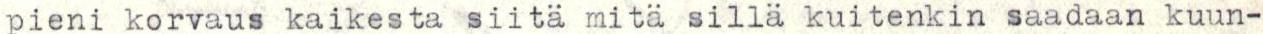
pieni korvaus kaikesta siitä mitä silla kuitenkin saadaan kuun-